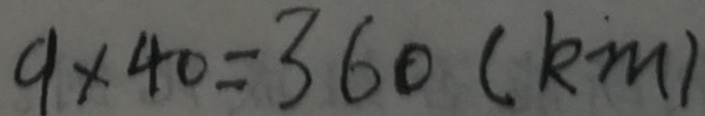
9 \times 4 0 = 3 6 0 ( k m )